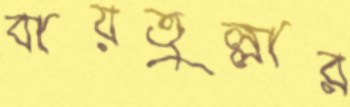
বায়তুল্লার